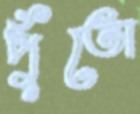
পুঁতো